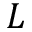
L